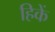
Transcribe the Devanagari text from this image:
हिकें